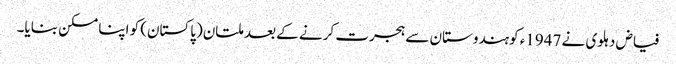
فیاض دہلوی نے 1947ء کوہندوستان سے ہجرت کرنے کے بعد ملتان(پاکستان) کو اپنا مسکن بنایا۔